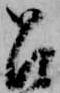
召